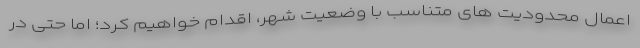
اعمال محدودیت های متناسب با وضعیت شهر، اقدام خواهیم کرد؛ اما حتی در